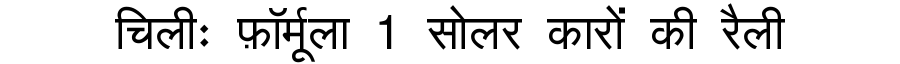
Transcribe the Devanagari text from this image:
चिलीः फ़ॉर्मूला 1 सोलर कारों की रैली